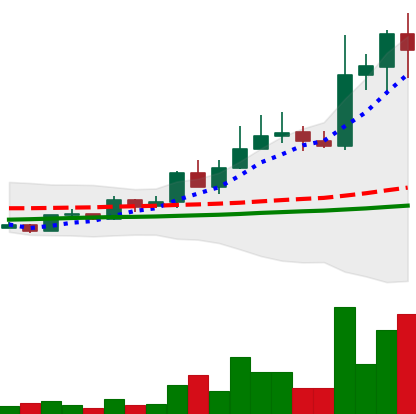
Ticker: LINK-USD
Chart end date: 2019-05-17
Forward return: 37.434%
Label: up_7plus